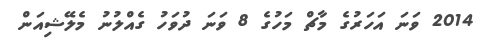
2014 ވަނަ އަހަރުގެ މާޗް މަހުގެ 8 ވަނަ ދުވަހު ގެއްލުނު މެލޭޝިއަން